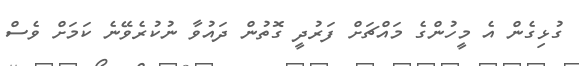
ގުޅިގެން އެ މީހުންގެ މައްޗަށް ފަރުދީ ގޮތުން ދައުވާ ނުކުރެވޭނެ ކަމަށް ވެސް